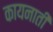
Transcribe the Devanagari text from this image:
कायनाती